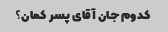
کدوم جان آقای پسر کمان؟